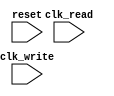
module fifo_buffer (
    input wire clk_write,
    input wire clk_read,
    input wire reset,
    
    // Put your input and output ports here
    
);

// Define your FIFO buffer logic here

endmodule